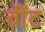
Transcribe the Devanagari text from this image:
वींट